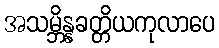
အသမ္ဘိန္နခတ္တိယကုလာပေ